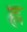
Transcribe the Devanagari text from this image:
ह्ल